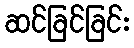
ဆင်ခြင်ခြင်း